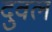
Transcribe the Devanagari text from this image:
दुवल